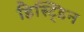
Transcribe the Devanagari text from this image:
हिस्ट्डिन